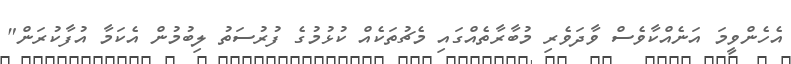
އެހެންވީމަ އަނެއްކާވެސް ވާދަވެރި މުބާރާތެއްގައި މެޗުތަކެއް ކުޅުމުގެ ފުރުސަތު ލިބުމުން އެކަމާ އުފާކުރަން"